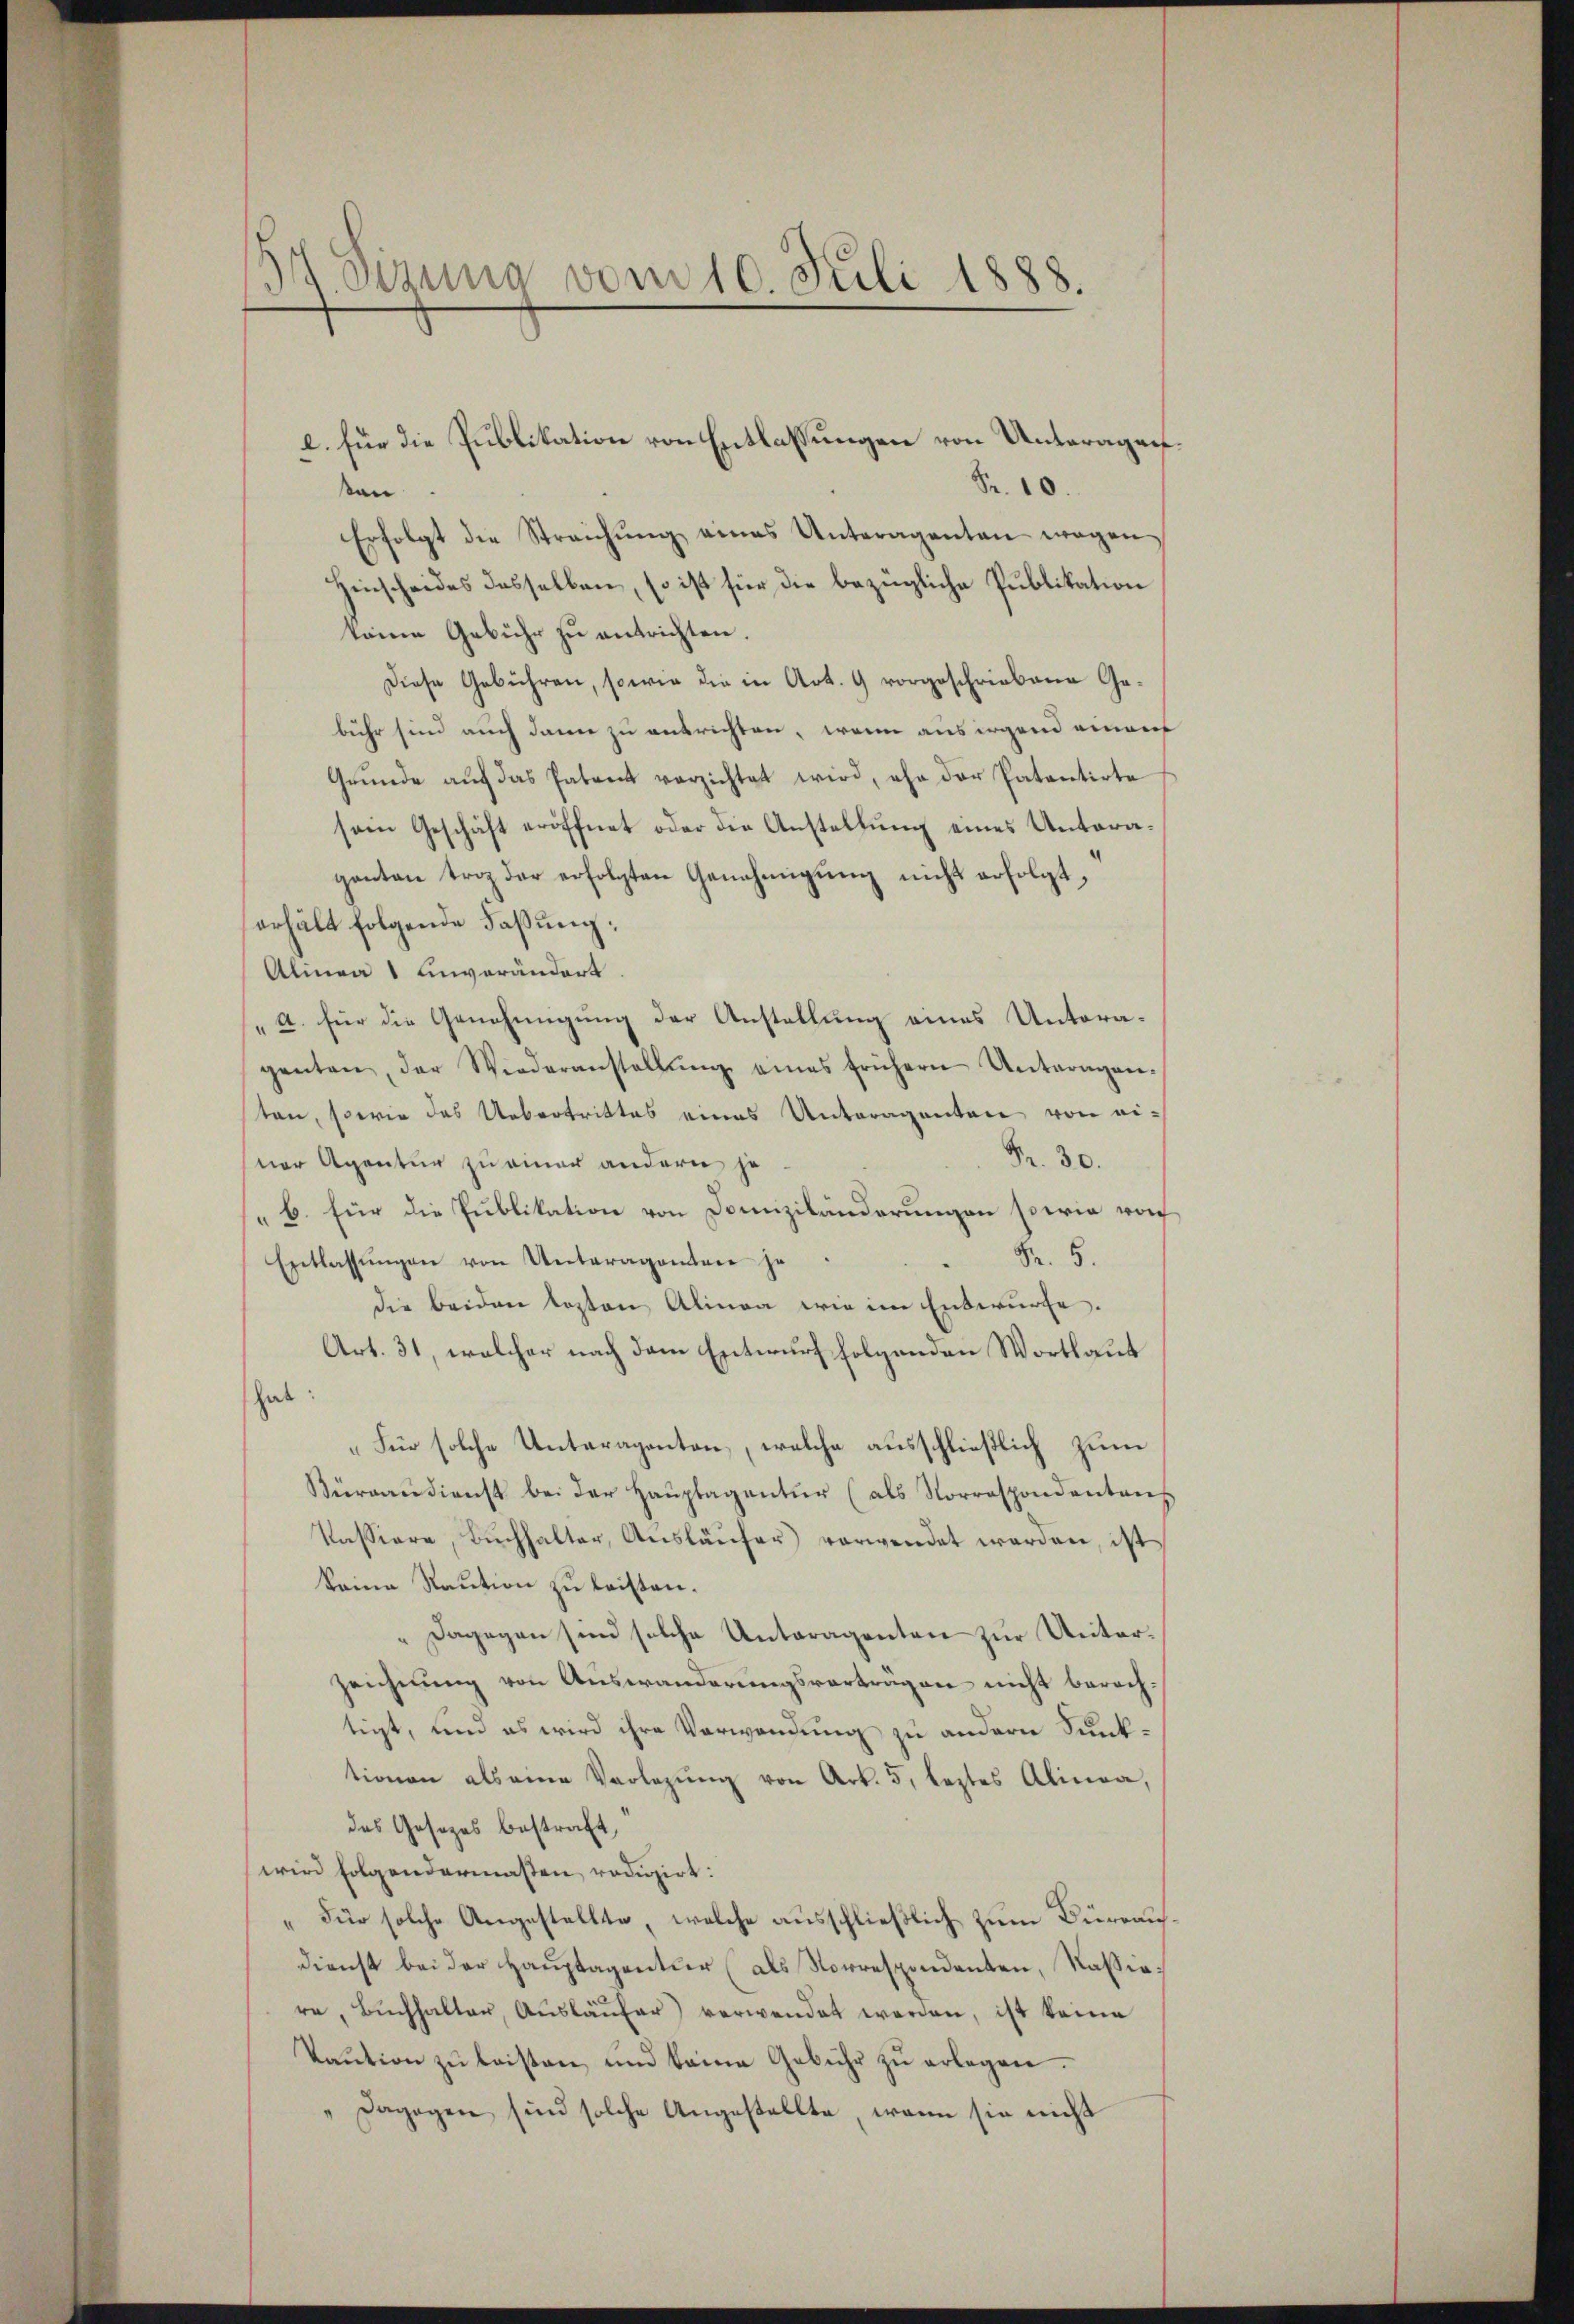
Fr. 10.
sen.
Erfolgt die Streichŭng eines Unteragenten wegen
Hinscheides desselben, so ist für die bezügliche Publikation
keine Gebühr zu entrichten.
Diese Gebühren, sowie die in Art. 9 vorgeschriebene Gebühr sind auch dann zu antrichten, wenn aus irgend einer
Grŭnde aŭf das Patent verzichtet wird, ehe der Patentirte
sem Geschäft eröffnet oder die Anstellung eines Unteraganten trotz der erfolgten Genehmigŭng nicht erfolgt,
erhält folgende Faßung:
Alinea 1 unverändert
„A. für die Genehmigung der Anstellung eines Unteragenten, der Wiederanstallŭng eines frühern Unteragen-
ten, sowie das Uebertrittes eines Unteragenten von ei-
Fr. 30.
sner Agentur zu einer andern je
b. für die Publikation von Domiziländerungen sowie rof
Fr. 5.
Entlassŭngen von Unteragantere je
die beiden losten Alinea wie im Entwurfe.
Art. 31, welcher nach dem Entwurf folgenden Wortlaut
hab.
„Für solche Unteragenten, welche ausschließlich zum
Büraaudienst bei der Haŭptagentur (als Vorrespondantens
Kassiere, Bŭchhalter, Aŭsläŭfer verwendet werden, ist
keine Raution zu leisten.
" Dagegen sind solche Unteragenten zur Unterzeichnung von Auswanderungsvorträgen nicht berechtigt, und es wird ihre Verwendung zu andern Sunktionen als eine Vorlegŭng von Art. 5, leztes Alinea,
des Gesezes bestraft,
wird folgendermassen redigirt:
„Für solche Angestellte, welche ausschließlich zum Büreausdienst bei der Hauptagentur (als Norrespondenten, Kassiare, Buchhalter, Ausläufer) verwendet worden, ist keine
Kaŭtion zŭ leisten und keine Gebühr zŭ erlegen.
Dagegen sind solche Angestellte, wenn sie nicht

11 Dezung vom 10. Juli 1888.

e. für die Publikation von Entlassungen von Unteragen